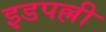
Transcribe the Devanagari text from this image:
इडपल्ली